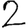
Digit: 2